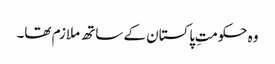
وہ حکومتِ پاکستان کے ساتھ ملازم تھا۔